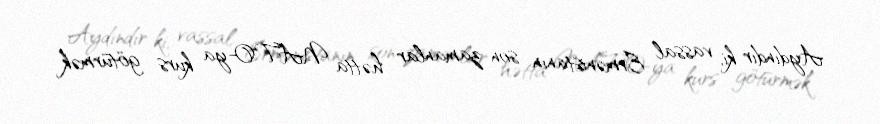
Aydındır ki, vassal Ermənistanın son zamanlar hətta NATO-ya kurs götürmək